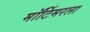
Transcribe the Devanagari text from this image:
मॉर्टिमरला